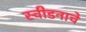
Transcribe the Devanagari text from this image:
स्वीडनाचे